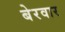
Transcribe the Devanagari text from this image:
बेरवार